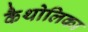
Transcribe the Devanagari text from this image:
कैथोलिका